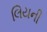
લિયની